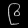
Digit: ၉